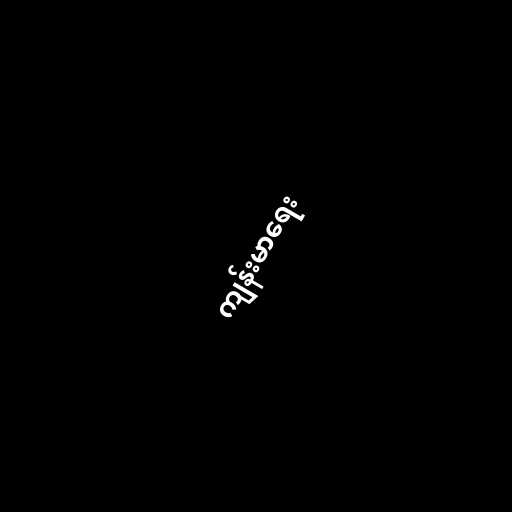
ကျန်းမာရေး